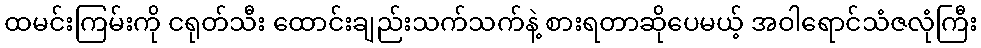
ထမင်းကြမ်းကို ငရုတ်သီး ထောင်းချည်းသက်သက်နဲ့ စားရတာဆိုပေမယ့် အဝါရောင်သံဇလုံကြီး